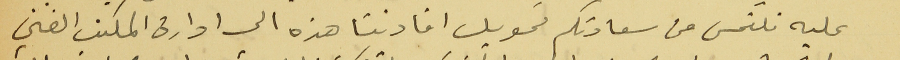
عليه نلتمس من سعادتكم تحويل افادتنا هذه الى ادارة المكتب الفني